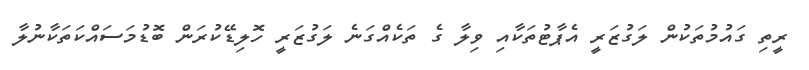
ރީތި ގައުމުތަކުން ލަގުޒަރީ އެޕާޓުތަކާއި ވިލާ ގެ ތަކެއްގަނެ ލަގުޒަރީ ހޮލިޑޭކުރަން ބޮޑުމަސައްކަތަކާނުލާ